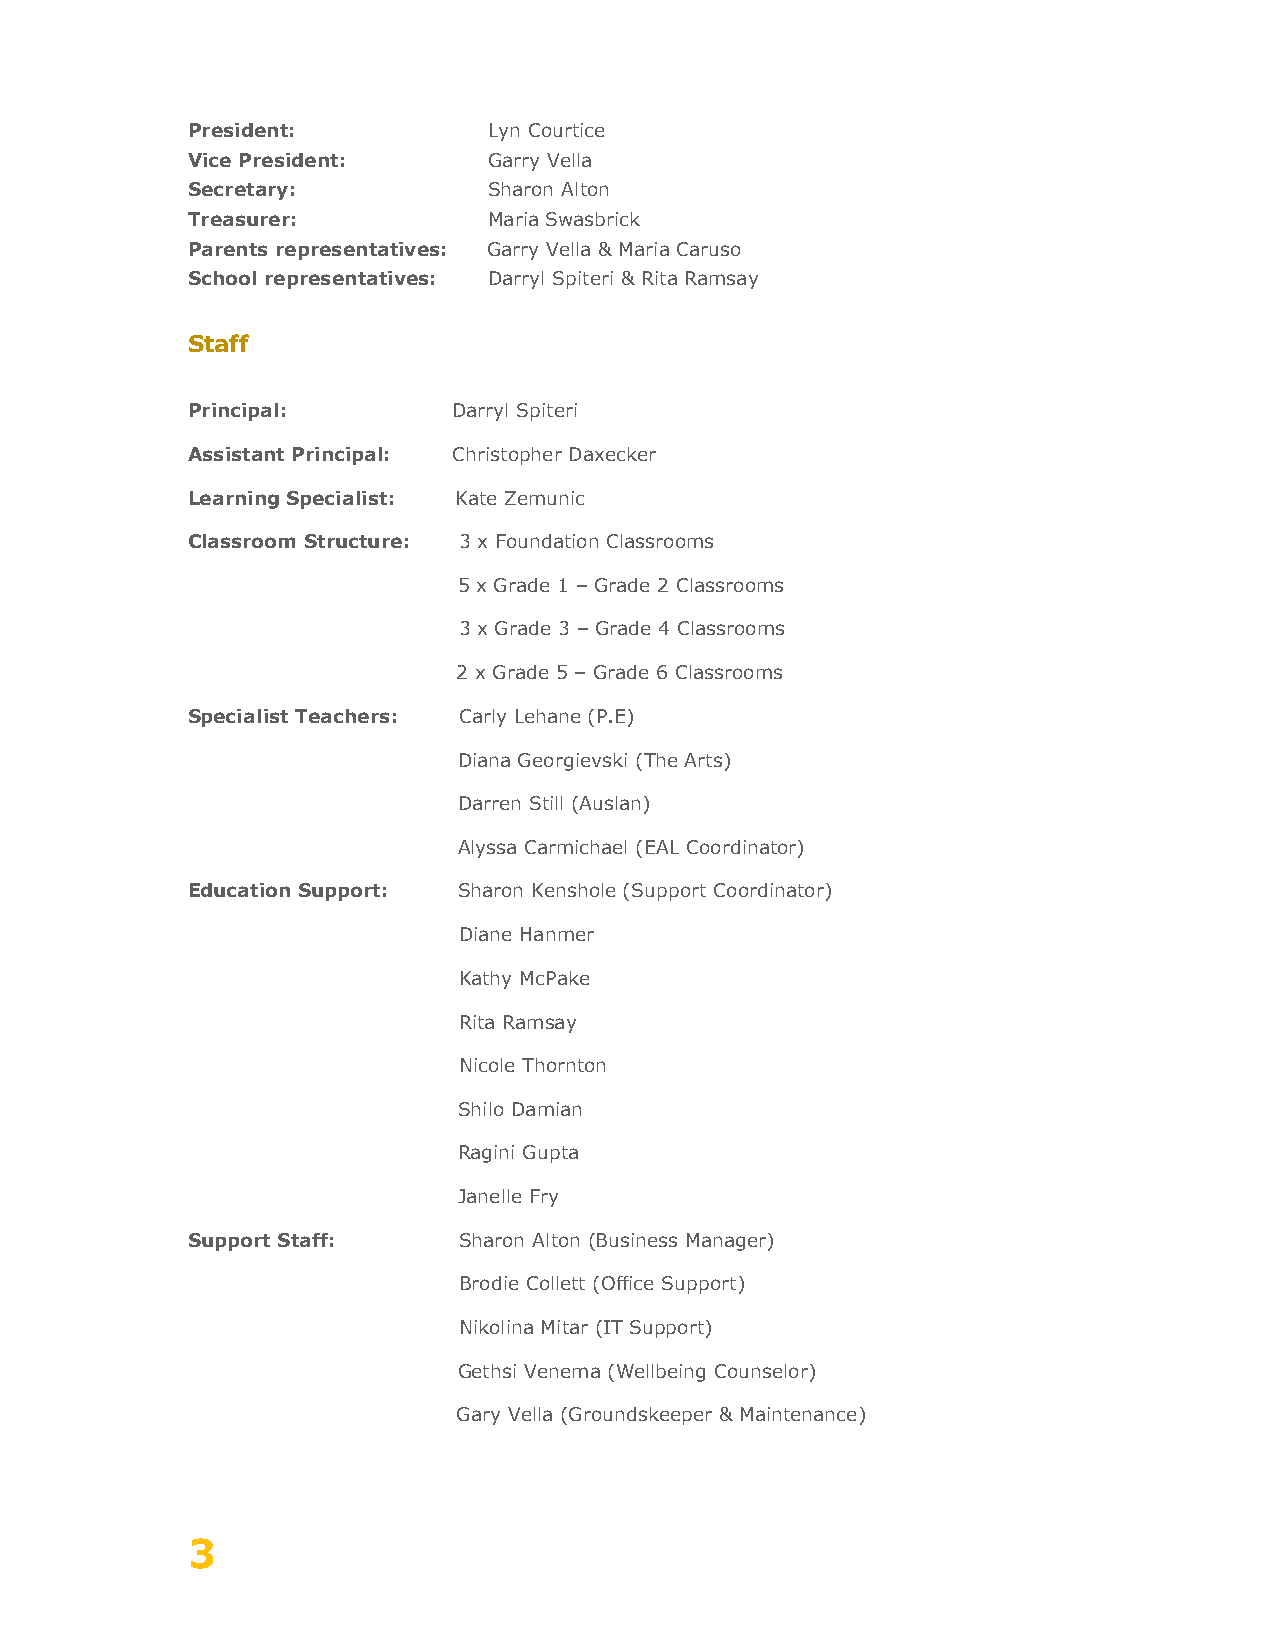
President:          Lyn Courtice
 Vice President:     Garry Vella
 Secretary:          Sharon Alton
 Treasurer:          Maria Swasbrick
 Parents representatives: Garry Vella & Maria Caruso
 School representatives: Darryl Spiteri & Rita Ramsay
 Staff
 Principal:        Darryl Spiteri
 Assistant Principal: Christopher Daxecker
 Learning Specialist: Kate Zemunic
 Classroom Structure: 3 x Foundation Classrooms
 5 x Grade 1 – Grade 2 Classrooms
 3 x Grade 3 – Grade 4 Classrooms
 2 x Grade 5 – Grade 6 Classrooms
 Specialist Teachers: Carly Lehane (P.E)
 Diana Georgievski (The Arts)
 Darren Still (Auslan)
 Alyssa Carmichael (EAL Coordinator)
 Education Support: Sharon Kenshole (Support Coordinator)
 Diane Hanmer
 Kathy McPake
 Rita Ramsay
 Nicole Thornton
 Shilo Damian
 Ragini Gupta
 Janelle Fry
 Support Staff:    Sharon Alton (Business Manager)
 Brodie Collett (Office Support)
 Nikolina Mitar (IT Support)
 Gethsi Venema (Wellbeing Counselor)
 Gary Vella (Groundskeeper & Maintenance)
 3